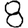
Digit: 8